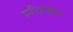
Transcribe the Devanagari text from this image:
मरीआईला